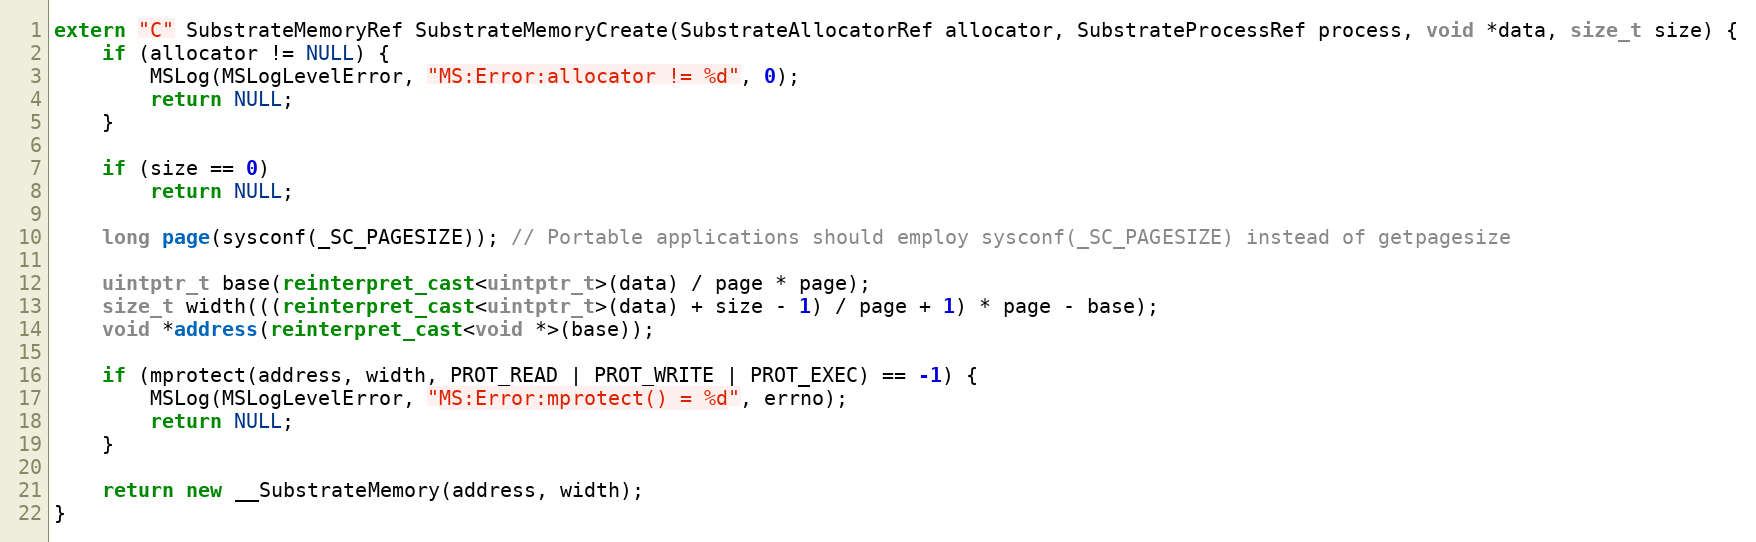
Language: C++
extern "C" SubstrateMemoryRef SubstrateMemoryCreate(SubstrateAllocatorRef allocator, SubstrateProcessRef process, void *data, size_t size) {
    if (allocator != NULL) {
        MSLog(MSLogLevelError, "MS:Error:allocator != %d", 0);
        return NULL;
    }

    if (size == 0)
        return NULL;

    long page(sysconf(_SC_PAGESIZE)); // Portable applications should employ sysconf(_SC_PAGESIZE) instead of getpagesize

    uintptr_t base(reinterpret_cast<uintptr_t>(data) / page * page);
    size_t width(((reinterpret_cast<uintptr_t>(data) + size - 1) / page + 1) * page - base);
    void *address(reinterpret_cast<void *>(base));

    if (mprotect(address, width, PROT_READ | PROT_WRITE | PROT_EXEC) == -1) {
        MSLog(MSLogLevelError, "MS:Error:mprotect() = %d", errno);
        return NULL;
    }

    return new __SubstrateMemory(address, width);
}